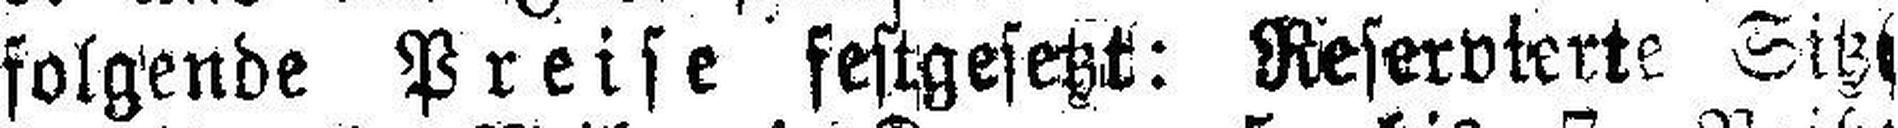
folgende Preise festgesetzt: Reservierte Sitze